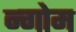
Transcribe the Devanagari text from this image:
न्गोम